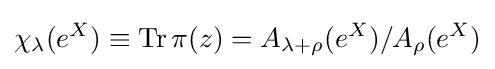
\displaystyle \chi _{\lambda }(e^{X})\equiv {\rm {Tr}}\,\pi (z)=A_{\lambda +\rho }(e^{X})/A_{\rho }(e^{X})